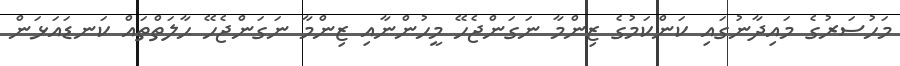
މަހުސަރުގެ މައިދާނުގައި ކަންކަމުގެ ޒިންމާ ނަގަންޖެހޭ މީހުންނާއި ޒިންމާ ނަގަންޖެހޭ ޙާލަތްތައް ކަނޑައަޅަން